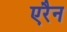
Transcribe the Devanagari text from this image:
एरैन